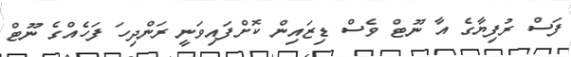
ފަސް ރުފިޔާގެ އާ ނޫޓް ވެސް ޑިޒައިން ކޮށްފައިވަނީ ރަންދިހަ ފަހެއްގެ ނޫޓް